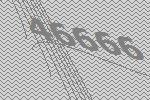
46666